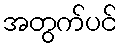
အတွက်ပင်